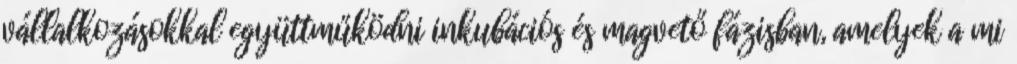
vállalkozásokkal együttműködni inkubációs és magvető fázisban, amelyek a mi